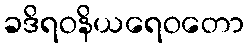
ခဒိရဝနိယရေဝတော